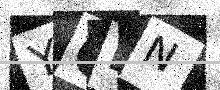
Text: YQDN